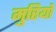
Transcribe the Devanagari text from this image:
मुरियों